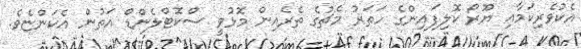
އެކުވެރިކަމާއި ޔޫރޯ ކޮލިފައިންގެ ހަތަރު މެޗުގެ ތެރެއިން މޮޅުވީ ސްކޮޓްލެންޑް އަތުން އެކަންޏެވެ.